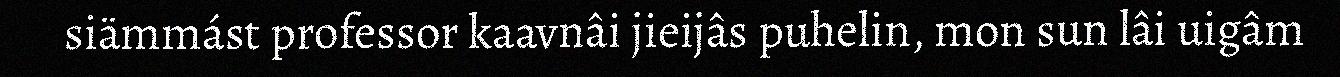
siämmást professor kaavnâi jieijâs puhelin, mon sun lâi uigâm